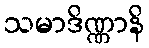
သမာဒိဏ္ဏာနိ